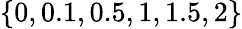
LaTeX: \{ 0,0.1,0.5,1,1.5,2\}